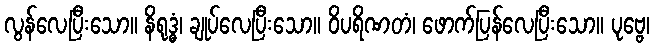
လွန်လေပြီးသော။ နိရုဒ္ဓံ၊ ချုပ်လေပြီးသော။ ဝိပရိဏတံ၊ ဖောက်ပြန်လေပြီးသော။ ပုဗ္ဗေ၊